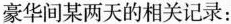
豪华间某两天的相关记录：